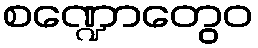
စဏ္ဍောတွေဝ